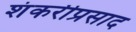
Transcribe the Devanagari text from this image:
शंकरीप्रसाद